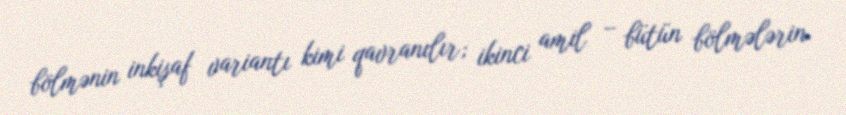
bölmənin inkişaf variantı kimi qavranılır; ikinci amil – bütün bölmələrin